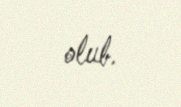
olub.